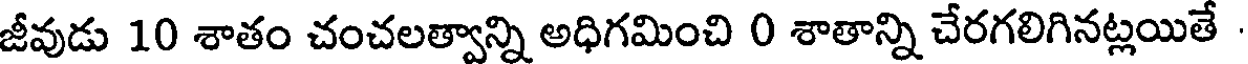
జీవుడు 10 శాతం చంచలత్వాన్ని అధిగమించి 0 శాతాన్ని చేరగలిగినట్లయితే